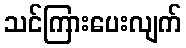
သင်ကြားပေးလျက်